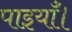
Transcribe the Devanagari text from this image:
पाइयाँ।